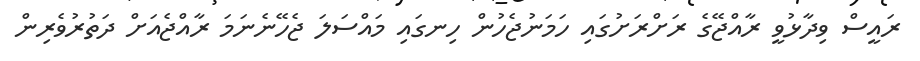
ރައީސް ވިދާޅުވީ ރާއްޖޭގެ ރަށްރަށުގައި ހަމަނުޖެހުން ހިނގައި މައްސަލަ ޖެހޭނެނަމަ ރާއްޖެއަށް ދަތުރުވެރިން